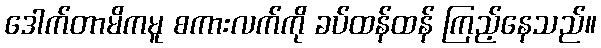
ဒေါက်တာမိကမူ စကားလက်ကို ခပ်ထန်ထန် ကြည့်နေသည်။